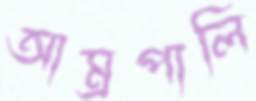
আম্রপালি